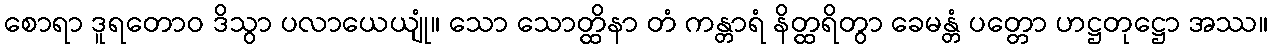
စောရာ ဒူရတောဝ ဒိသွာ ပလာယေယျုံ။ သော သောတ္ထိနာ တံ ကန္တာရံ နိတ္ထရိတွာ ခေမန္တံ ပတ္တော ဟဋ္ဌတုဋ္ဌော အဿ။